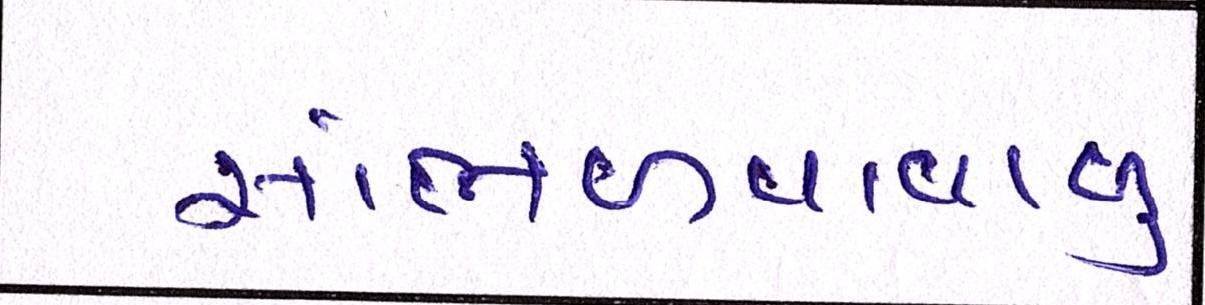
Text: સાંભળવાવાળુ